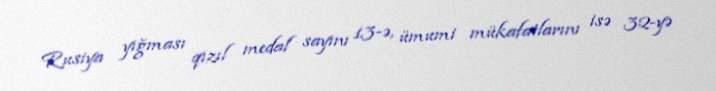
Rusiya yığması qızıl medal sayını 13-ə, ümumi mükafatlarını isə 32-yə